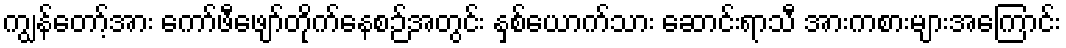
ကျွန်တော့်အား ကော်ဖီဖျော်တိုက်နေစဉ်အတွင်း နှစ်ယောက်သား ဆောင်းရာသီ အားကစားများအကြောင်း